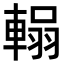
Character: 𮝞